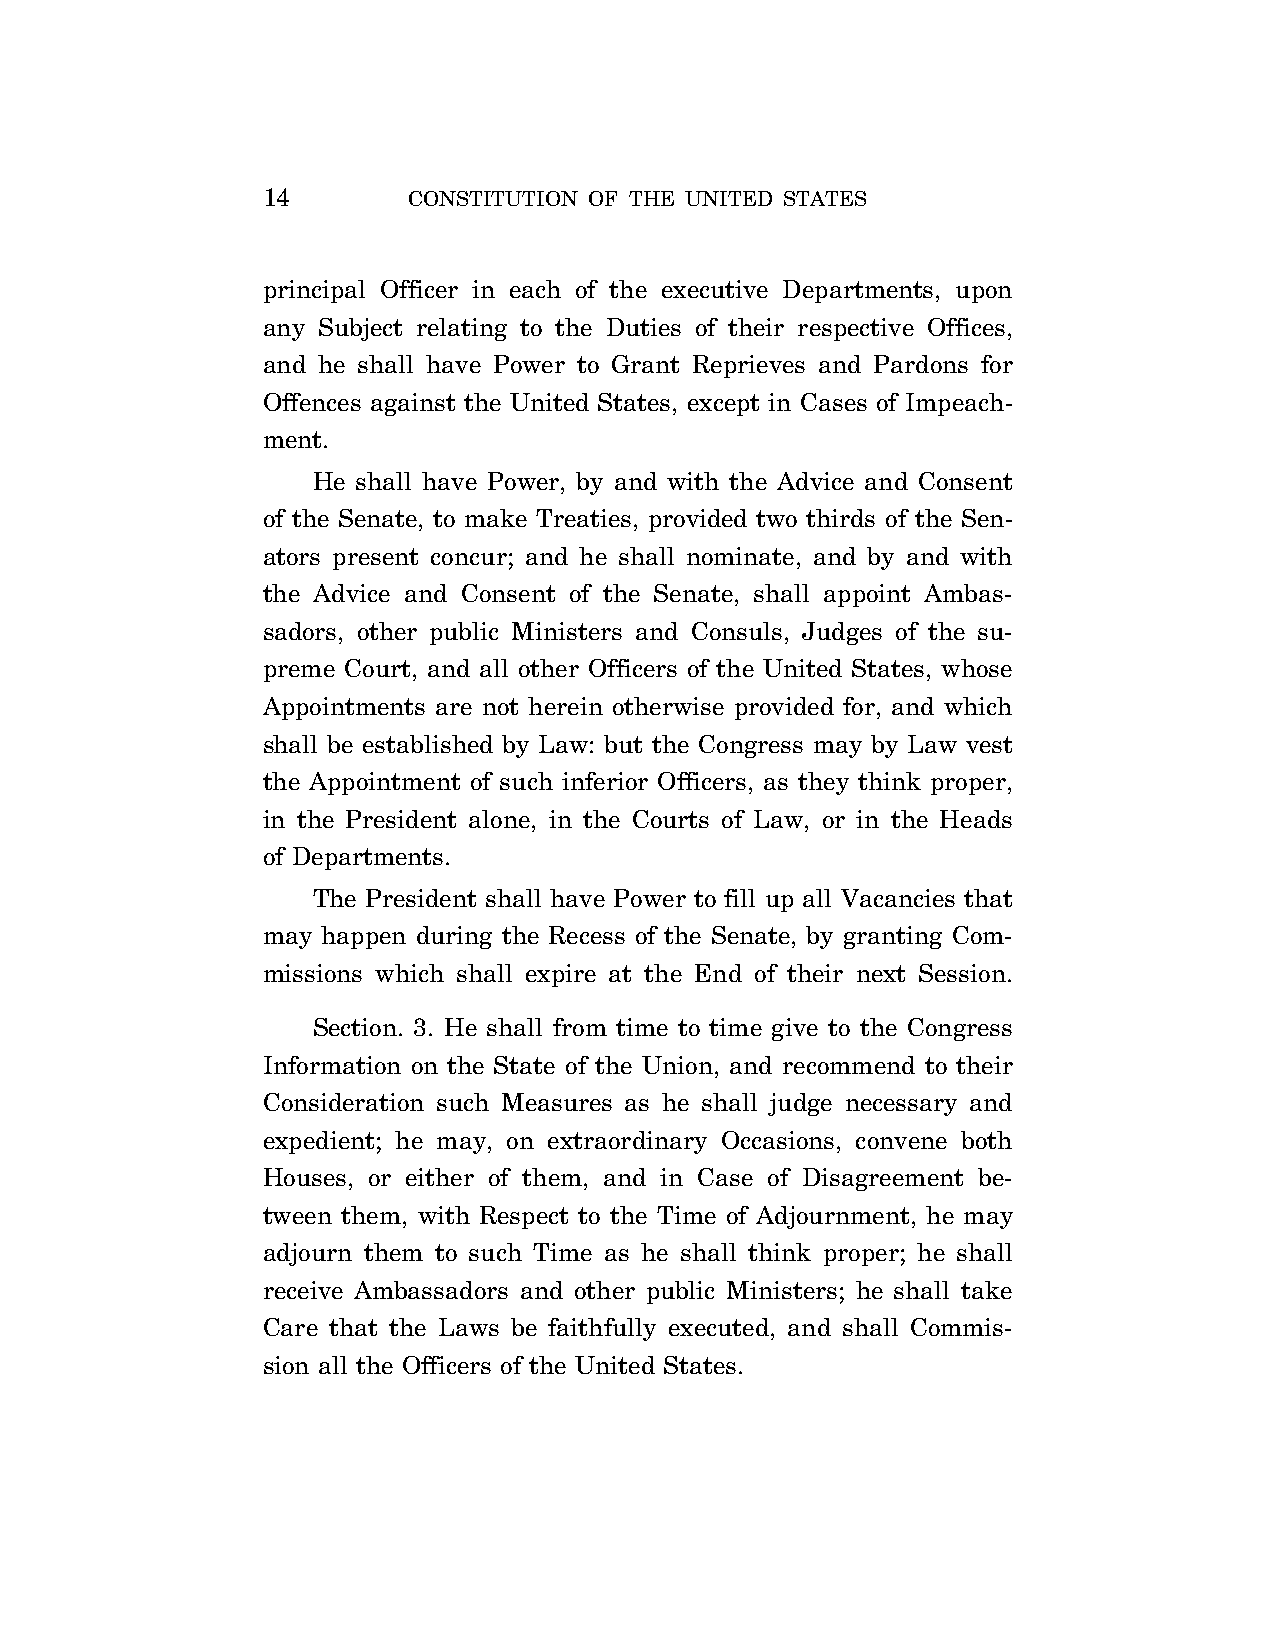
14        CONSTITUTION OF THE UNITED STATES
 principal Officer in each of the executive Departments, upon
 any Subject relating to the Duties of their respective Offices,
 and he shall have Power to Grant Reprieves and Pardons for
 Offences against the United States, except in Cases of Impeach-
 ment.
 He shall have Power, by and with the Advice and Consent
 of the Senate, to make Treaties, provided two thirds of the Sen-
 ators present concur; and he shall nominate, and by and with
 the Advice and Consent of the Senate, shall appoint Ambas-
 sadors, other public Ministers and Consuls, Judges of the su-
 preme Court, and all other Officers of the United States, whose
 Appointments are not herein otherwise provided for, and which
 shall be established by Law: but the Congress may by Law vest
 the Appointment of such inferior Officers, as they think proper,
 in the President alone, in the Courts of Law, or in the Heads
 of Departments.
 The President shall have Power to fill up all Vacancies that
 may happen during the Recess of the Senate, by granting Com-
 missions which shall expire at the End of their next Session.
 Section. 3. He shall from time to time give to the Congress
 Information on the State of the Union, and recommend to their
 Consideration such Measures as he shall judge necessary and
 expedient; he may, on extraordinary Occasions, convene both
 Houses, or either of them, and in Case of Disagreement be-
 tween them, with Respect to the Time of Adjournment, he may
 adjourn them to such Time as he shall think proper; he shall
 receive Ambassadors and other public Ministers; he shall take
 Care that the Laws be faithfully executed, and shall Commis-
 sion all the Officers of the United States.
 VerDate Apr 14 2004 11:04 Apr 14, 2004 Jkt 077500 PO 00000 Frm 00014 Fmt 8221 Sfmt 8221 C:\CONAN\CON006.XXX PRFM99 PsN: CON006